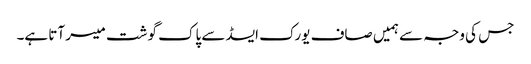
جس کی وجہ سے ہمیں صاف یورک ایسڈ سے پاک گوشت میسر آتا ہے۔